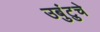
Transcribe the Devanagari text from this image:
उबुंटुचे